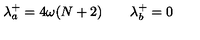
\lambda _ { a } ^ { + } = 4 \omega ( N + 2 ) \qquad \lambda _ { b } ^ { + } = 0